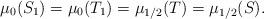
LaTeX: \begin{align*}\mu_0(S_1) = \mu_0(T_1) = \mu_{1/2}(T) = \mu_{1/2}(S).\end{align*}